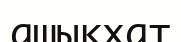
ашықхат